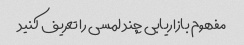
مفهوم بازاریابی چند لمسی را تعریف کنید